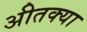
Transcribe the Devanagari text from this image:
अीतक्या